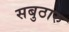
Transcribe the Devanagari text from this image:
सबुठारु